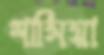
শাসিয়া